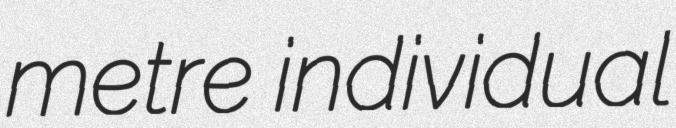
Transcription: metre individual